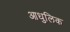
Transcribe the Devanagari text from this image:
आधुलिक